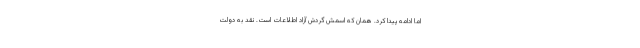
اما ادامه پیدا کرد. همان که اسمش گردش آزاد اطلاعات است. نقد به دولت